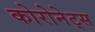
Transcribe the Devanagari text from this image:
कोरोनेट्स